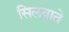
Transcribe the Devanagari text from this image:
सिलवाते